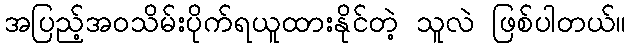
အပြည့်အဝသိမ်းပိုက်ရယူထားနိုင်တဲ့ သူလဲ ဖြစ်ပါတယ်။